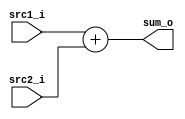
// 0613144  0613149 G

//Subject:     CO project 2 - Simple Single CPU
//--------------------------------------------------------------------------------
//Version:     1
//--------------------------------------------------------------------------------
//Writer:      0613144  0613149 G
//----------------------------------------------
//----------------------------------------------
//Description: 
//--------------------------------------------------------------------------------

module Adder(
    src1_i,
	src2_i,
	sum_o
	);
     
//I/O ports
input  [32-1:0]  src1_i;
input  [32-1:0]	 src2_i;
output [32-1:0]	 sum_o;

//Internal Signals
wire    [32-1:0]	 sum_o;
//Parameter
assign sum_o =  src1_i + src2_i;
//Main function
endmodule